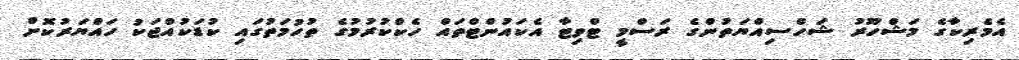
އެމެރިކާގެ މަޝްހޫރު ޝަހްސިއްޔަތުންގެ ރަސްމީ ޓްވިޓާ އެކައުންޓްތައް ހެކްކުރުމުގެ ތުހުމަތުގައި ކުޑަކުއްޖަކު ހައްޔަރުކޮށް